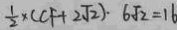
\frac { 1 } { 2 } \times ( C F + 2 \sqrt { 2 } ) \cdot 6 \sqrt { 2 } = 1 6